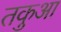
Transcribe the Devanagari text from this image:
तकुआ